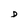
Character: D